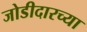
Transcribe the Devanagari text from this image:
जोडीदारच्या